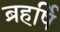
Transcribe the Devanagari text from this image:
ब्रहर्षि